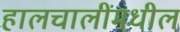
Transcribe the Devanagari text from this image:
हालचालींमधील